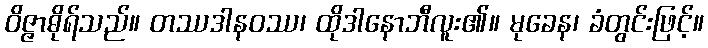
ဝိဇ္ဇာဓိုရ်သည်။ တဿဒါနဝဿ၊ ထိုဒါနောဘီလူး၏။ မုခေန၊ ခံတွင်းဖြင့်။